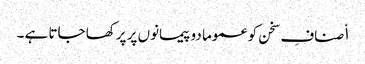
ا٘صنافِ سخن کو عموما دو پیمانوں پر پرکھا جاتا ہے ۔